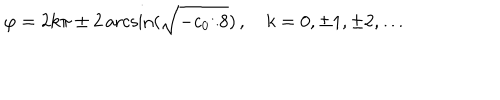
LaTeX: \varphi = 2 k \pi \pm 2 \operatorname { a r c s i n } ( \sqrt { - c _ { 0 } / 8 } ) \, , \quad k = 0 , \pm 1 , \pm 2 , \ldots